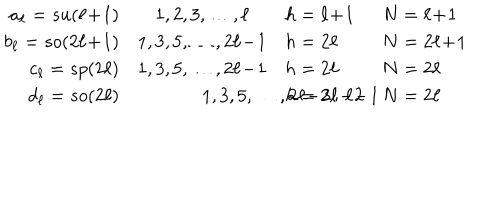
\begin{array} { r c l l } { { a _ { \ell } = s u ( \ell \! + \! 1 ) } } & { { 1 , 2 , 3 , \ldots , \ell } } & { { h = \ell \! + \! 1 } } & { { \hspace { 0 . 2 i n } N = \ell \! + \! 1 } } \\ { { b _ { \ell } = s o ( 2 \ell \! + \! 1 ) } } & { { 1 , 3 , 5 , \ldots , 2 \ell \! - \! 1 } } & { { h = 2 \ell } } & { { \hspace { 0 . 2 i n } N = 2 \ell \! + \! 1 } } \\ { { c _ { \ell } = s p ( 2 \ell ) } } & { { 1 , 3 , 5 , \ldots , 2 \ell \! - \! 1 } } & { { h = 2 \ell } } & { { \hspace { 0 . 2 i n } N = 2 \ell } } \\ { { d _ { \ell } = s o ( 2 \ell ) } } & { { \hspace { 0 . 2 i n } 1 , 3 , 5 , \ldots , 2 \ell \! - \! 3 \, ; \, \ell \! - \! 1 \hspace { 0 . 2 i n } } } & { { h = 2 \ell \! - \! 2 } } & { { \hspace { 0 . 2 i n } N = 2 \ell } } \\ \end{array}